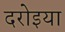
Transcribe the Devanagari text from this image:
दरोइया